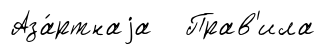
Аза́ртнаjа Прав'ила